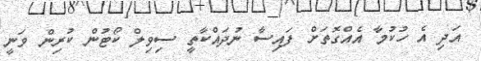
އަދި އެ ހުކުމާ އެއްގޮތަށް ފައިސާ ނުދައްކާތީ ސިވިލް ކޯޓުން ކުރިން ވަނީ